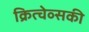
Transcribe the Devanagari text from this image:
क्रित्चेव्सकी